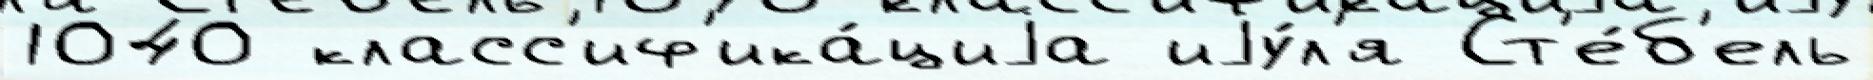
1040 класс'иф'ика́циjа иjу́л'я Ст'е́б'ель